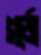
গর্জে